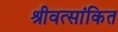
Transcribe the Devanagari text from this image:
श्रीवत्सांकित